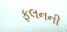
ફલનની